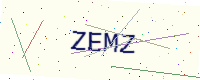
Text: ZEMZ